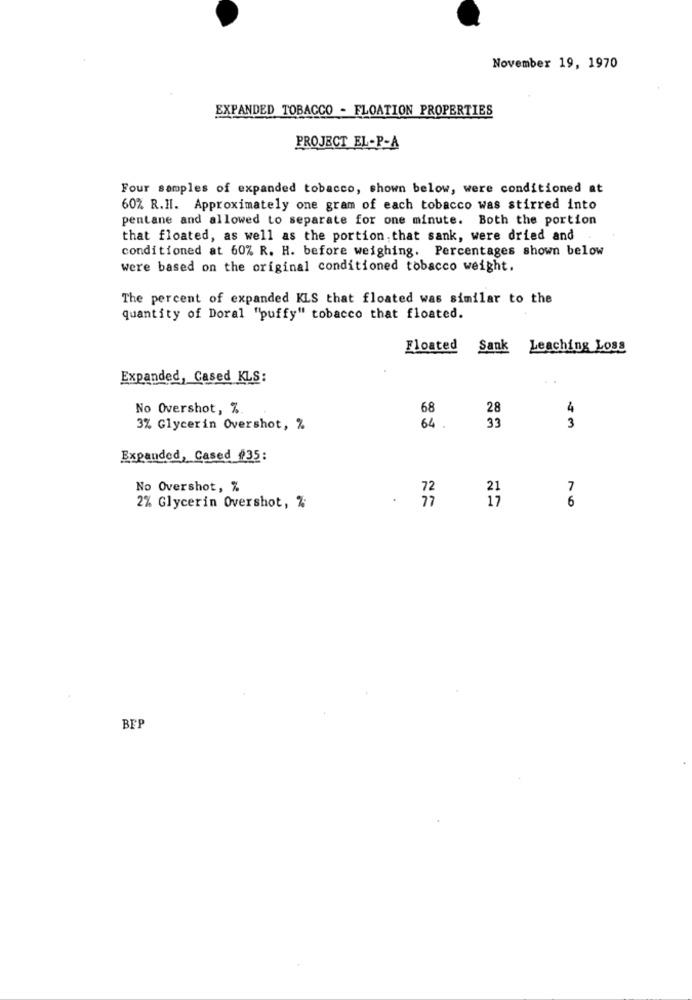
November 19, 1970
EXPANDED TOBACCO - FLOATION PROPERTIES
PROJECT EL-P-A
Four samples of expanded tobacco, shown below, were conditioned at
60% R.H. Approximately one gram of each tobacco was stirred into
pentane and allowed to separate for one minute. Both the portion
that floated, as well as the portion. that sank, were dried and
conditioned at 60% R. H. before weighing. Percentages shown below
were based on the original conditioned tobacco weight.
The percent of expanded KLS that floated was similar to the
quantity of Doral "puffy" tobacco that floated.
Floated
Sank Leaching Loss
Expanded, Cased KLS:
No Overshot, %
68
28
4
33
3% Glycerin Overshot, %
64 .
3
Expanded, Cased #35:
No Overshot, %
72
21
7
.
77
17
6
2% Glycerin Overshot, %
BFP